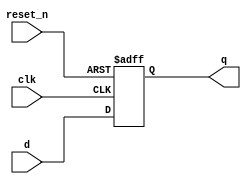
//3-bit Resettable D flip-flop
module _dff3_r(q, clk, reset_n, d);
	input clk, reset_n; 	//clk, active-low reset
	input [2:0] d; 		//input d
	output [2:0] q; 		//output q
	
	reg [2:0] q;
	
	always @(posedge clk or negedge reset_n) 
	begin
		if (reset_n == 0) q <= 3'b000; //reset_n = 0, q = 0
		else q <= d;
	end
endmodule